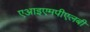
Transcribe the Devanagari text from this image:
एआइएमपीएलबी